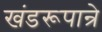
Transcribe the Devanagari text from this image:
खंडरूपान्रे